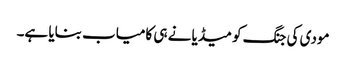
مودی کی جنگ کو میڈیا نے ہی کامیاب بنایا ہے۔